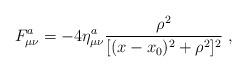
LaTeX: \begin{align*}F^a_{\mu\nu}= - 4 \eta^a_{\mu\nu} \frac{\rho^2}{[( x - x_0 )^2 + \rho^2]^2} \ ,\end{align*}